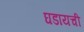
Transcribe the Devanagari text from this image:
घडायची